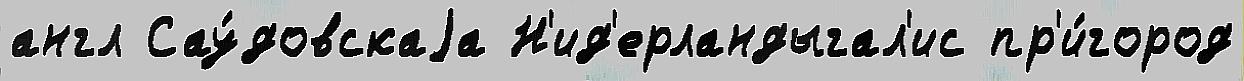
англ Сау́довскаjа Н'ид'ерландыгал'ис пр'и́город